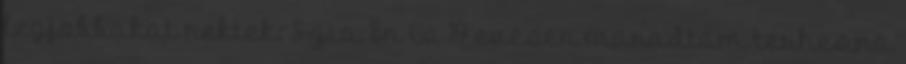
legjobbakat nektek: Szia En is 19 evesen maradtam terhes,na